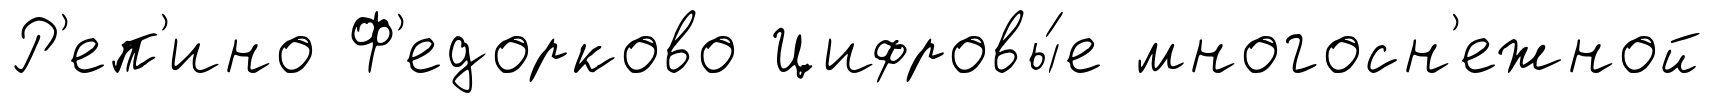
Р'еп'ино Ф'едорково Цифровы́е многосн'ежной